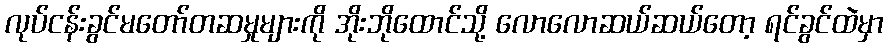
လုပ်ငန်းခွင်မတော်တဆမှုများကို အိုးဘိုထောင်သို့ လောလောဆယ်ဆယ်တော့ ရင်ခွင်ထဲမှာ